Civil Veterinary Dept. Assam report 1911-1927 - 1911-1927
Year: 1911
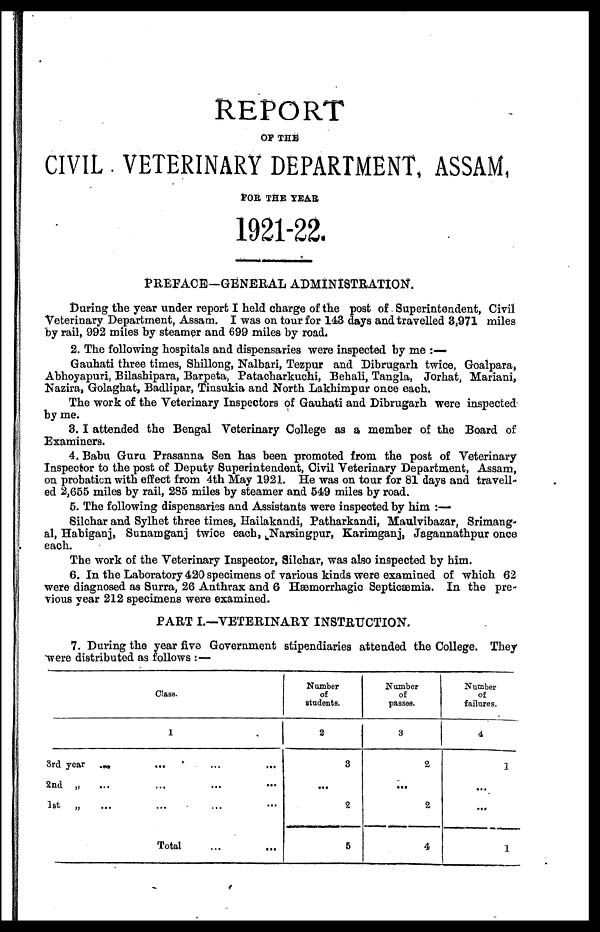
REPORT
OF THE
CIVIL VETERINARY DEPARTMENT, ASSAM,
FOB THE TEAR
1921-22.
PREFACE-GENERAL ADMINISTRATION.
During the year under report I held charge of the post of Superintendent, Civil
Veterinary Department, Assam. I was on tour for 143 days and travelled 3,971 miles
by rail, 992 miles by steamer and 699 miles by road,
2. The following hospitals and dispensaries were inspected by me :—
Gauhati three times, Shillong, Nalbari, Tezpur and Dibrugarh twice, Goalpara,
Abhoyapuri, Bilashipara, Barpeta, Patacharkuchi, Behali, Tangla, Jorhat, Mariani,
Nazira, Golaghat, Badlipar, Tinsukia and North Lakhimpur once each.
The work of the Veterinary Inspectors of Gauhati and Dibrugarh were inspected
by me.
3.I attended the Bengal Veterinary College as a member of the Board of
Examiners.
4. Babu Guru Prasanna Sen has been promoted from the post of Veterinary
Inspector to the post of Deputy Superintendent, Civil Veterinary Department, Assam,
on probation with effect from 4th May 1921. He was on tour for 81 days and travell-
ed 2,655 miles by rail, 285 miles by steamer and 549 miles by road.
5. The following dispensaries and Assistants were inspected by him :—
Silchar and Sylhet three times, Hailakandi, Patharkandi, Maulvibazar, Srimang-
al, Habiganj, Sunamganj twice each, Narsingpur, Karimganj, Jagannathpur once
each.
The work of the Veterinary Inspector, Silchar, was also inspected by him.
6. In the Laboratory 420 specimens of various kinds were examined of which 62
were diagnosed as Surra, 26 Anthrax and 6 Hæmorrhagic Septicaemia. In the pre
vious year 212 specimens were examined.
PART I.—VETERINARY INSTRUCTION.
7. During the year five Government stipendiaries attended the College. They
were distributed as follows : —
Class.
1
3rd year
...
...
2nd „
1st
„
Total
Number
of
students.
2
3
...
2
5
Number
of
passes.
3
2
...
2
4
Number
of
failures.
4
1
...
...
1